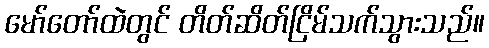
မော်တော်ထဲတွင် တိတ်ဆိတ်ငြိမ်သက်သွားသည်။